Annual report on the Civil Veterinary Department, Burma (including the Insein Veterinary School) - 1932-1941
Year: 1932
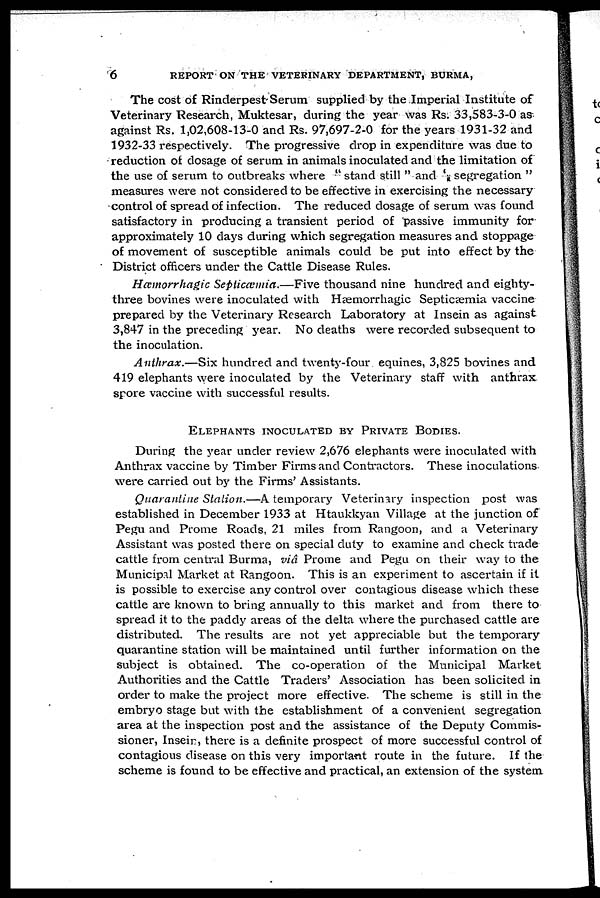
6
REPORT ON THE VETERINARY DEPARTMENT, BURMA,
The cost of Rinderpest Serum supplied by the Imperial Institute of
Veterinary Research, Muktesar, during the year was Rs. 33,583-3-0 as
against Rs. 1,02,608-13-0 and Rs. 97,697-2-0 for the years 1931-32 and
1932-33 respectively. The progressive drop in expenditure was due to
reduction of dosage of serum in animals inoculated and the limitation of
the use of serum to outbreaks where " stand still " and ' segregation "
measures were not considered to be effective in exercising the necessary
control of spread of infection. The reduced dosage of serum was found
satisfactory in producing a transient period of passive immunity for
approximately 10 days during which segregation measures and stoppage
of movement of susceptible animals could be put into effect by the
District officers under the Cattle Disease Rules.
Hæmorrhagic Septicæmia.—Five thousand nine hundred and eighty-
three bovines were inoculated with Hæmorrhagic Septicæmia vaccine
prepared by the Veterinary Research Laboratory at Insein as against
3,847 in the preceding year. No deaths were recorded subsequent to
the inoculation.
Anthrax.—Six hundred and twenty-four equines, 3,825 bovines and
419 elephants were inoculated by the Veterinary staff with anthrax
spore vaccine with successful results.
ELEPHANTS INOCULATED BY PRIVATE BODIES.
During the year under review 2,676 elephants were inoculated with
Anthrax vaccine by Timber Firms and Contractors. These inoculations
were carried out by the Firms' Assistants.
Quarantine Station.—A temporary Veterinary inspection post was
established in December 1933 at Htaukkyan Village at the junction of
Pegu and Prome Roads, 21 miles from Rangoon, and a Veterinary
Assistant was posted there on special duty to examine and check trade
cattle from central Burma, via Prome and Pegu on their way to the
Municipal Market at Rangoon. This is an experiment to ascertain if it
is possible to exercise any control over contagious disease which these
cattle are known to bring annually to this market and from there to
spread it to the paddy areas of the delta where the purchased cattle are
distributed. The results are not yet appreciable but the temporary
quarantine station will be maintained until further information on the
subject is obtained. The co-operation of the Municipal Market
Authorities and the Cattle Traders' Association has been solicited in
order to make the project more effective. The scheme is still in the
embryo stage but with the establishment of a convenient segregation
area at the inspection post and the assistance of the Deputy Commis-
sioner, Insein, there is a definite prospect of more successful control of
contagious disease on this very important route in the future. If the
scheme is found to be effective and practical, an extension of the system